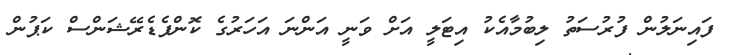
ފައިނަލުން ފުރުސަތު ލިބުމާއެކު އިޓަލީ އަށް ވަނީ އަންނަ އަހަރުގެ ކޮންފެޑެރޭޝަންސް ކަޕުން